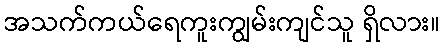
အသက်ကယ်ရေကူးကျွမ်းကျင်သူ ရှိလား။